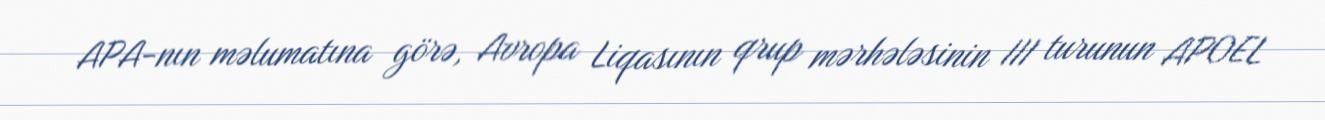
APA-nın məlumatına görə, Avropa Liqasının qrup mərhələsinin III turunun APOEL